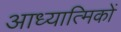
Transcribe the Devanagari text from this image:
आध्यात्मिकों